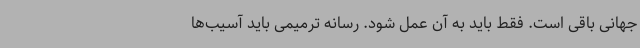
جهانی باقی است. فقط باید به آن عمل شود. رسانه ترمیمی باید آسیب‌ها